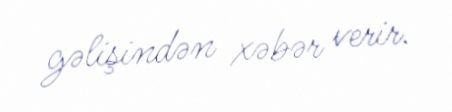
gəlişindən xəbər verir.